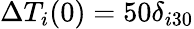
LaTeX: \Delta T_{i}(0)=50\delta_{i30}